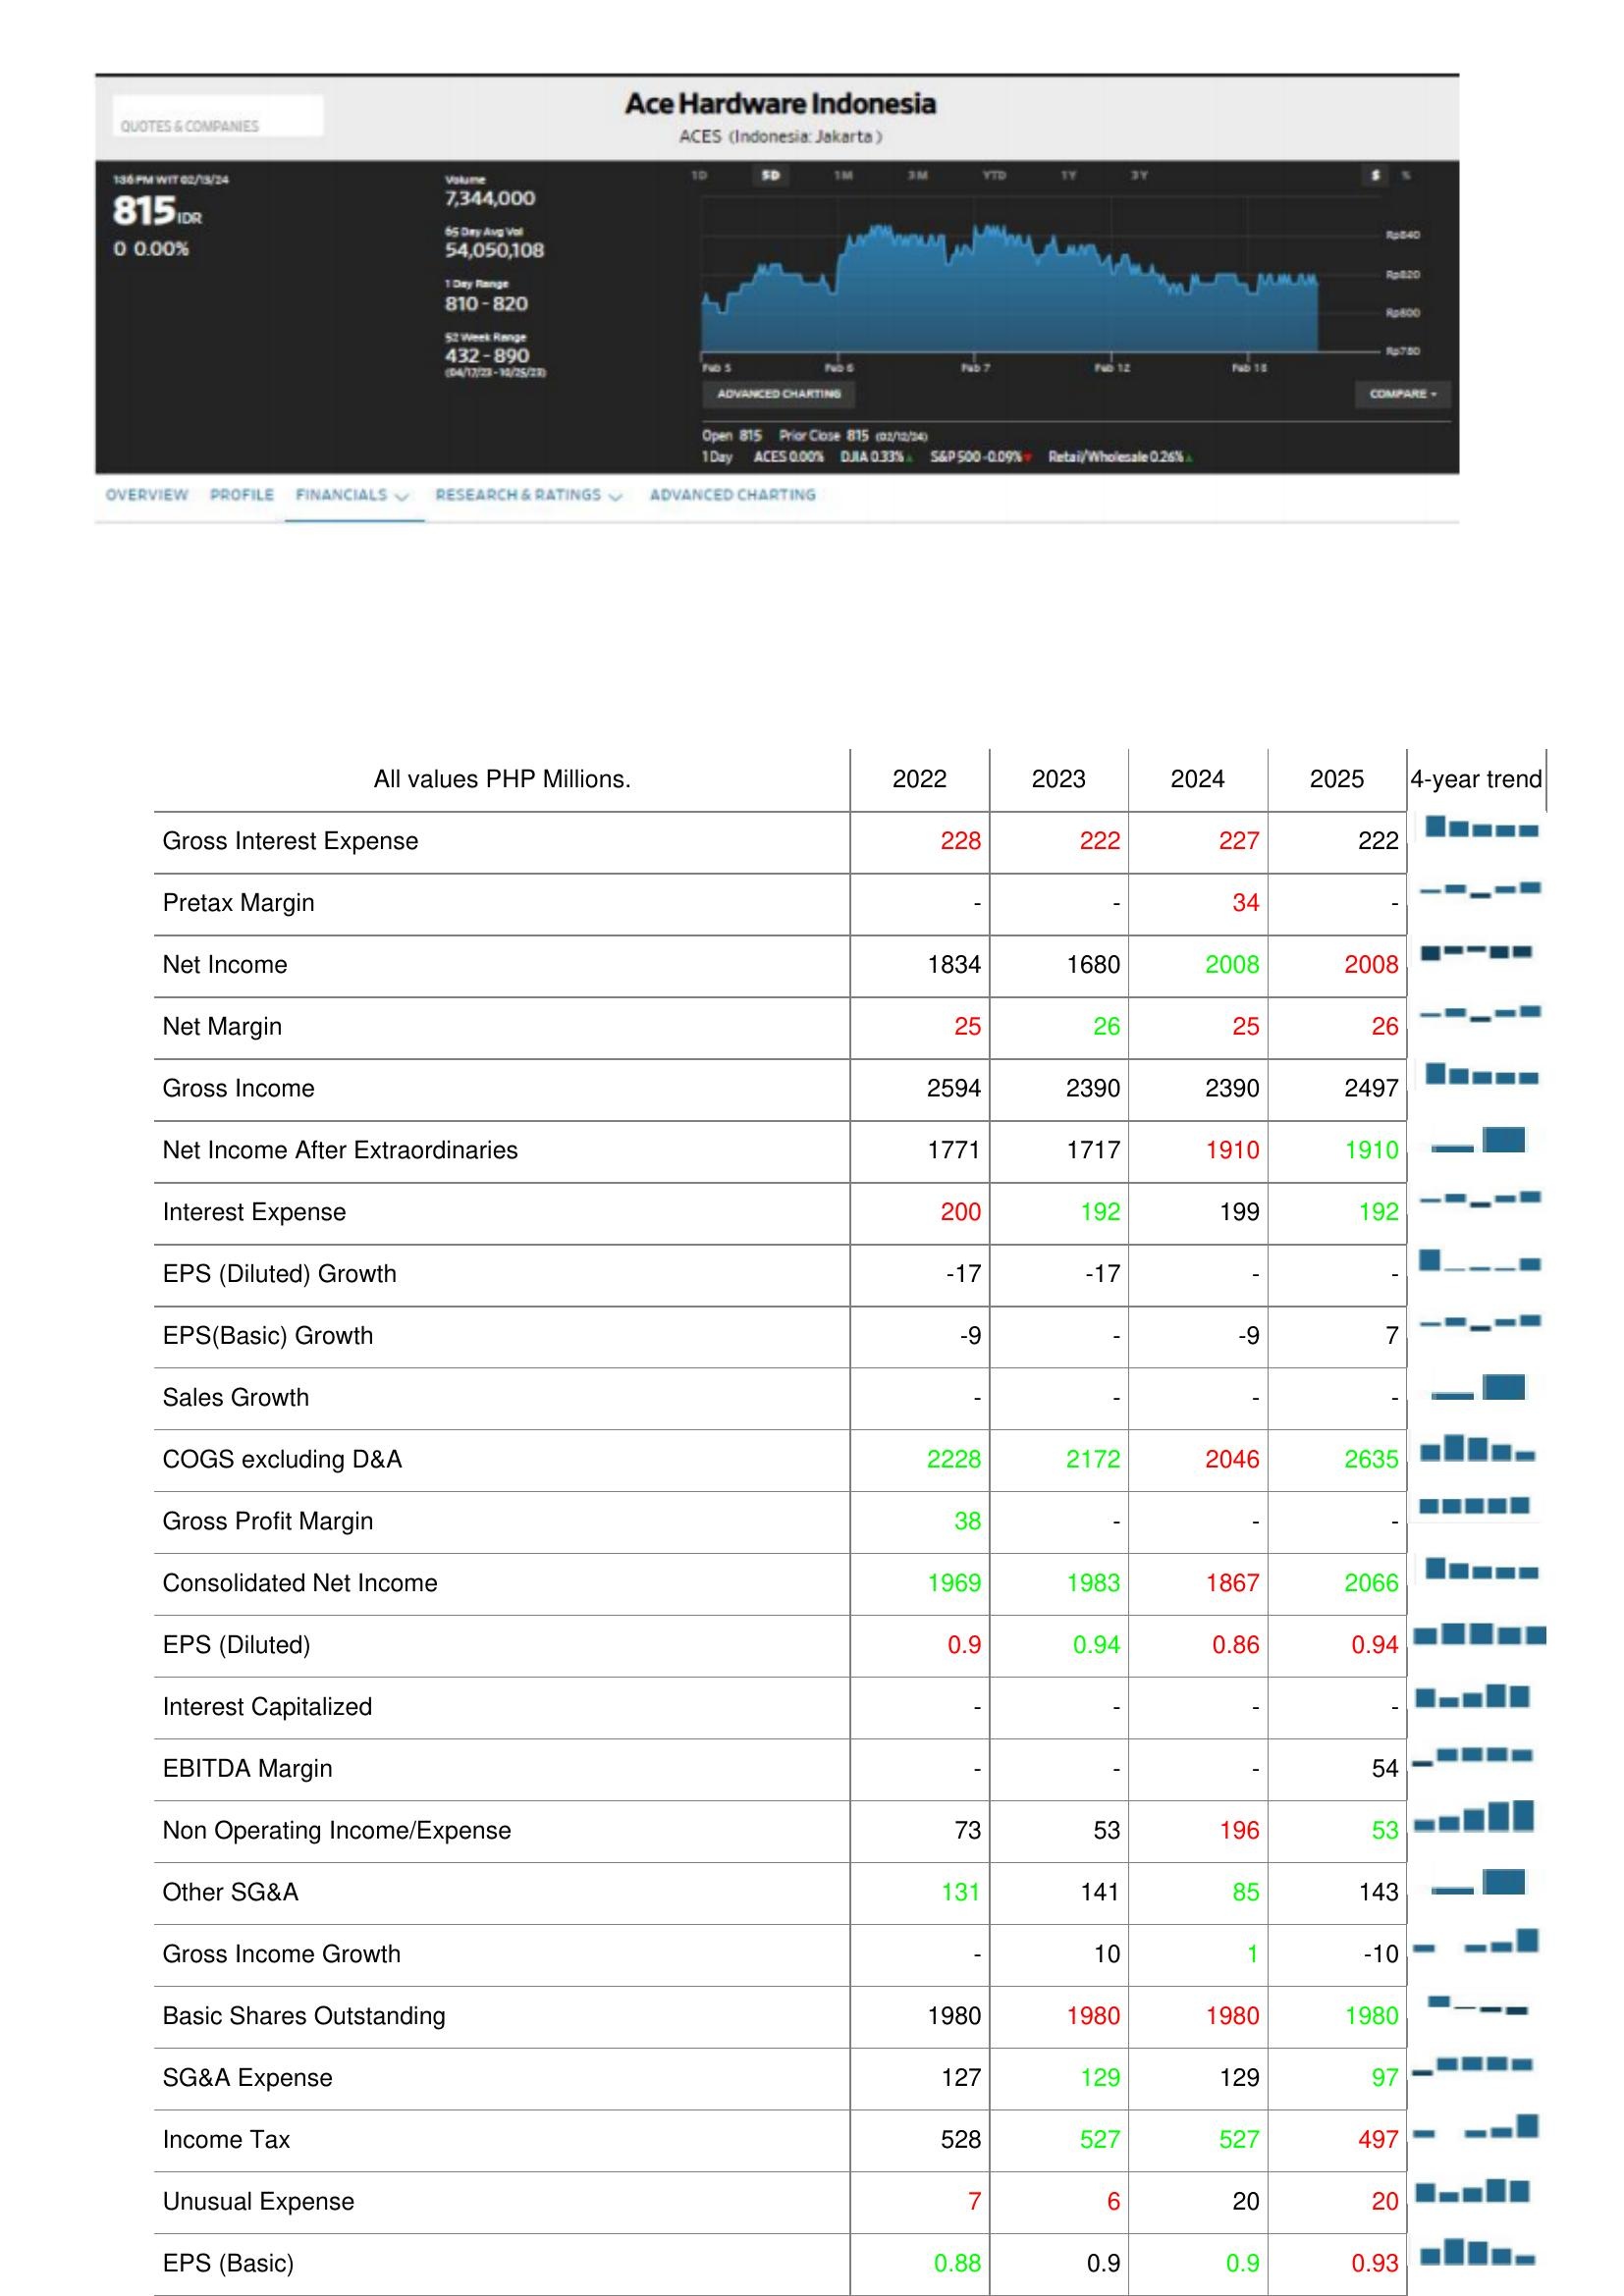
2022: : Gross Interest Expense: 228
Pretax Margin: -
Net Income: 1834
Net Margin: 25
Gross Income: 2594
Net Income After Extraordinaries: 1771
Interest Expense: 200
EPS (Diluted) Growth: -17
EPS(Basic) Growth: -9
Sales Growth: -
COGS excluding D&A: 2228
Gross Profit Margin: 38
Consolidated Net Income: 1969
EPS (Diluted): 0.9
Interest Capitalized: -
EBITDA Margin: -
Non Operating Income/Expense: 73
Other SG&A: 131
Gross Income Growth: -
Basic Shares Outstanding: 1980
SG&A Expense: 127
Income Tax: 528
Unusual Expense: 7
EPS (Basic): 0.88
2023: : Gross Interest Expense: 222
Pretax Margin: -
Net Income: 1680
Net Margin: 26
Gross Income: 2390
Net Income After Extraordinaries: 1717
Interest Expense: 192
EPS (Diluted) Growth: -17
EPS(Basic) Growth: -
Sales Growth: -
COGS excluding D&A: 2172
Gross Profit Margin: -
Consolidated Net Income: 1983
EPS (Diluted): 0.94
Interest Capitalized: -
EBITDA Margin: -
Non Operating Income/Expense: 53
Other SG&A: 141
Gross Income Growth: 10
Basic Shares Outstanding: 1980
SG&A Expense: 129
Income Tax: 527
Unusual Expense: 6
EPS (Basic): 0.9
2024: : Gross Interest Expense: 227
Pretax Margin: 34
Net Income: 2008
Net Margin: 25
Gross Income: 2390
Net Income After Extraordinaries: 1910
Interest Expense: 199
EPS (Diluted) Growth: -
EPS(Basic) Growth: -9
Sales Growth: -
COGS excluding D&A: 2046
Gross Profit Margin: -
Consolidated Net Income: 1867
EPS (Diluted): 0.86
Interest Capitalized: -
EBITDA Margin: -
Non Operating Income/Expense: 196
Other SG&A: 85
Gross Income Growth: 1
Basic Shares Outstanding: 1980
SG&A Expense: 129
Income Tax: 527
Unusual Expense: 20
EPS (Basic): 0.9
2025: : Gross Interest Expense: 222
Pretax Margin: -
Net Income: 2008
Net Margin: 26
Gross Income: 2497
Net Income After Extraordinaries: 1910
Interest Expense: 192
EPS (Diluted) Growth: -
EPS(Basic) Growth: 7
Sales Growth: -
COGS excluding D&A: 2635
Gross Profit Margin: -
Consolidated Net Income: 2066
EPS (Diluted): 0.94
Interest Capitalized: -
EBITDA Margin: 54
Non Operating Income/Expense: 53
Other SG&A: 143
Gross Income Growth: -10
Basic Shares Outstanding: 1980
SG&A Expense: 97
Income Tax: 497
Unusual Expense: 20
EPS (Basic): 0.93